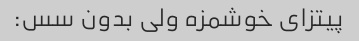
پیتزای خوشمزه ولی بدون سس: